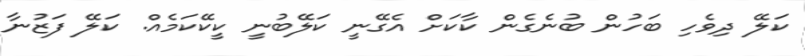
ކަލޭ ދިވެހި ބަހުން ބުނެގެން ކާކަށް އެގޭނީ ކަލޭބުނީ ކީކޭކަމެއް. ކަލޭ ފަޒުނާ